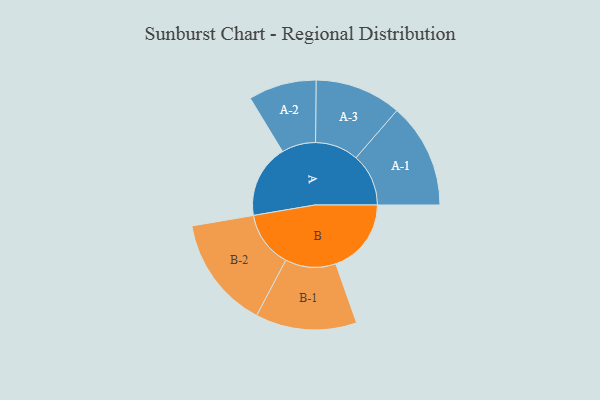
{"axis": {"x": "Segment", "y": "Value"}, "legend": ["", "A", "B"], "data": [{"x": "A", "y": 379, "type": ""}, {"x": "B", "y": 391, "type": ""}, {"x": "A-1", "y": 272, "type": "A"}, {"x": "A-2", "y": 176, "type": "A"}, {"x": "A-3", "y": 224, "type": "A"}, {"x": "B-1", "y": 262, "type": "B"}, {"x": "B-2", "y": 291, "type": "B"}]}